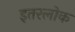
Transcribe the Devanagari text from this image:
इतरलोक